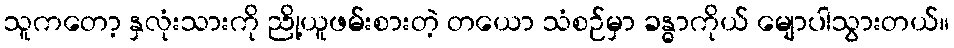
သူကတော့ နှလုံးသားကို ညို့ယူဖမ်းစားတဲ့ တယော သံစဉ်မှာ ခန္ဓာကိုယ် မျောပါသွားတယ်။